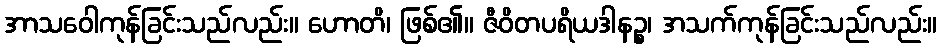
အာသဝေါကုန်ခြင်းသည်လည်း။ ဟောတိ၊ ဖြစ်၏။ ဇီဝိတပရိယဒါနဉ္စ၊ အသက်ကုန်ခြင်းသည်လည်း။